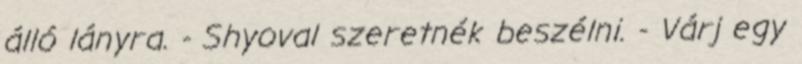
álló lányra. - Shyoval szeretnék beszélni. - Várj egy